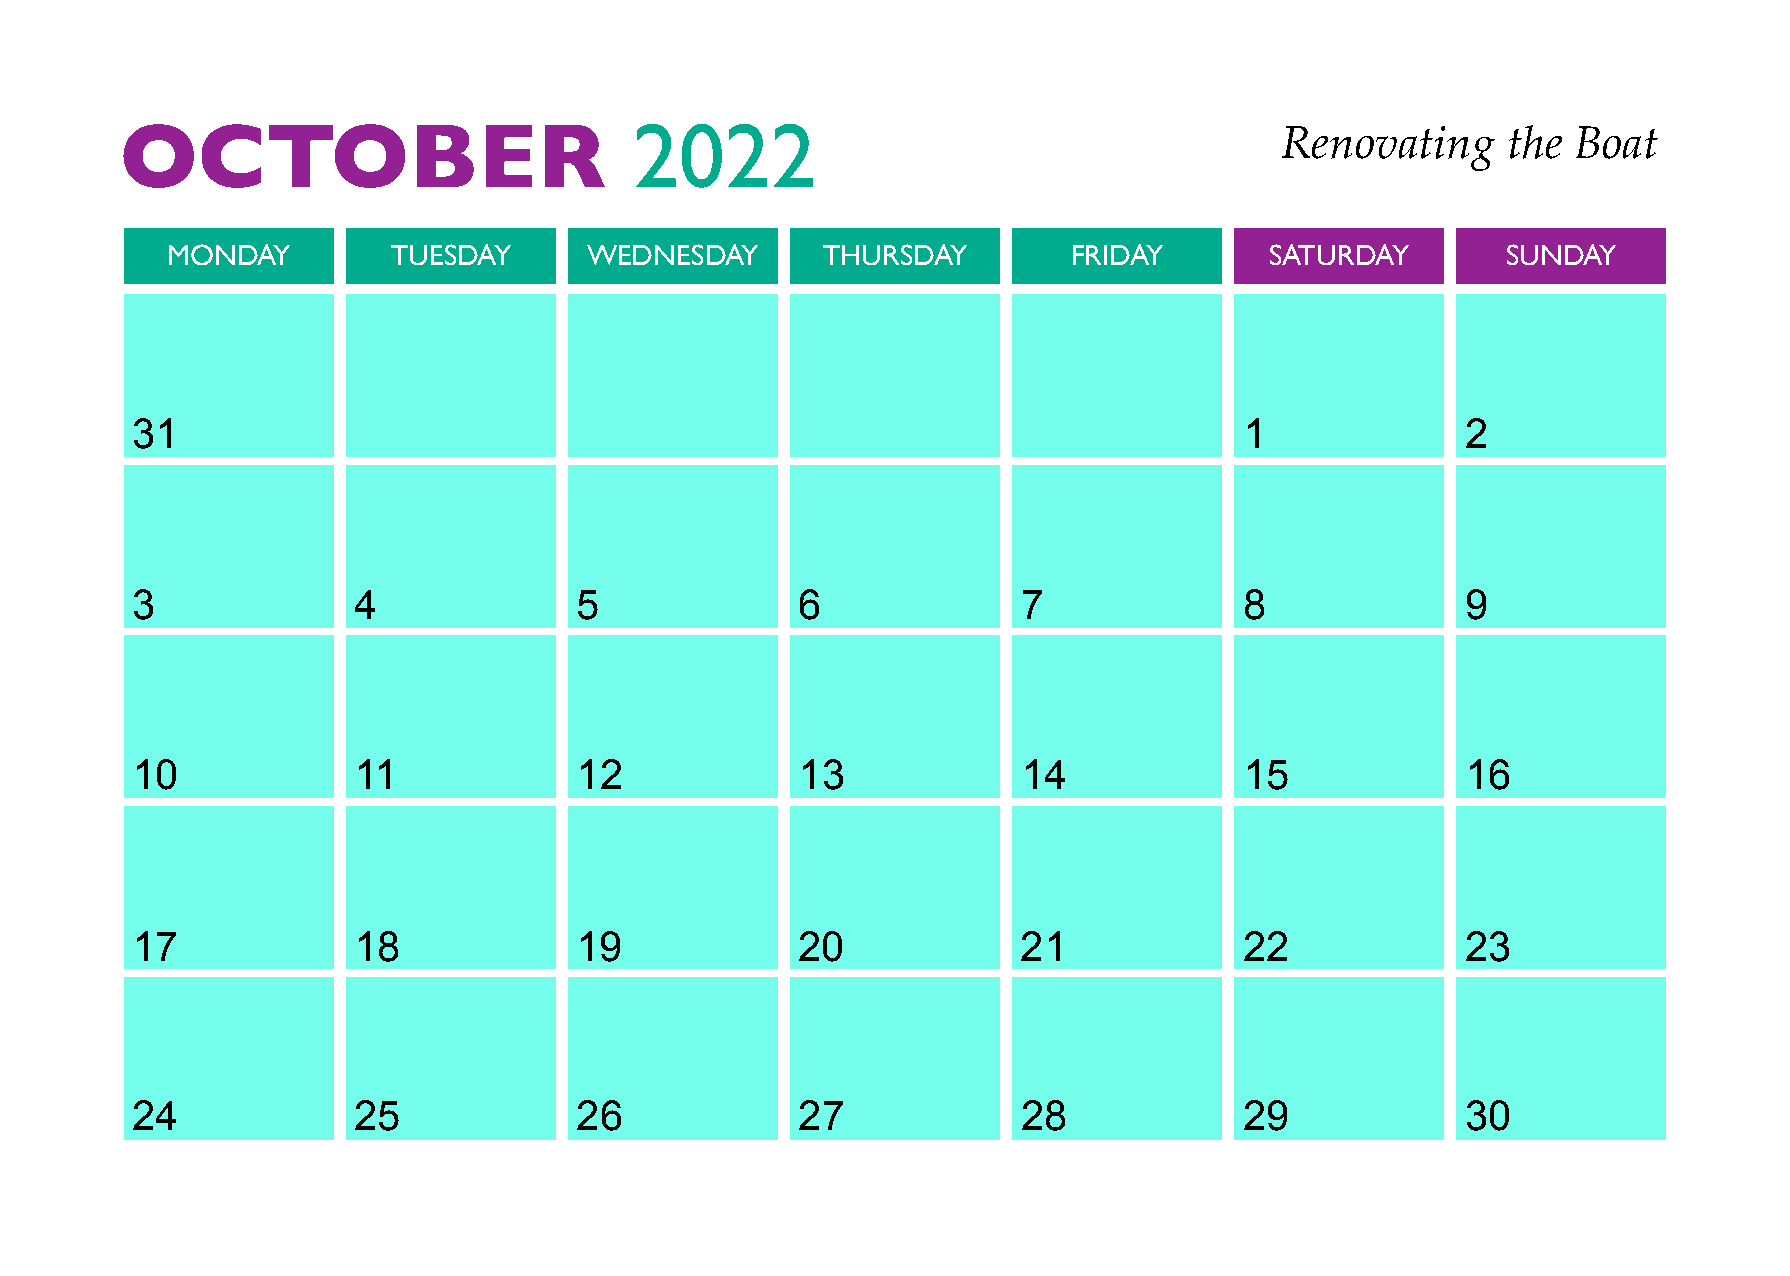
OCTOBER                           2022
 Renovating     the Boat
 MONDAY         TUESDAY      WEDNESDAY      THURSDAY         FRIDAY       SATURDAY        SUNDAY
 31                                                                       1              2
 3             4              5              6              7             8              9
 10            11             12             13             14            15             16
 17            18             19             20             21            22             23
 24            25             26             27             28            29             30